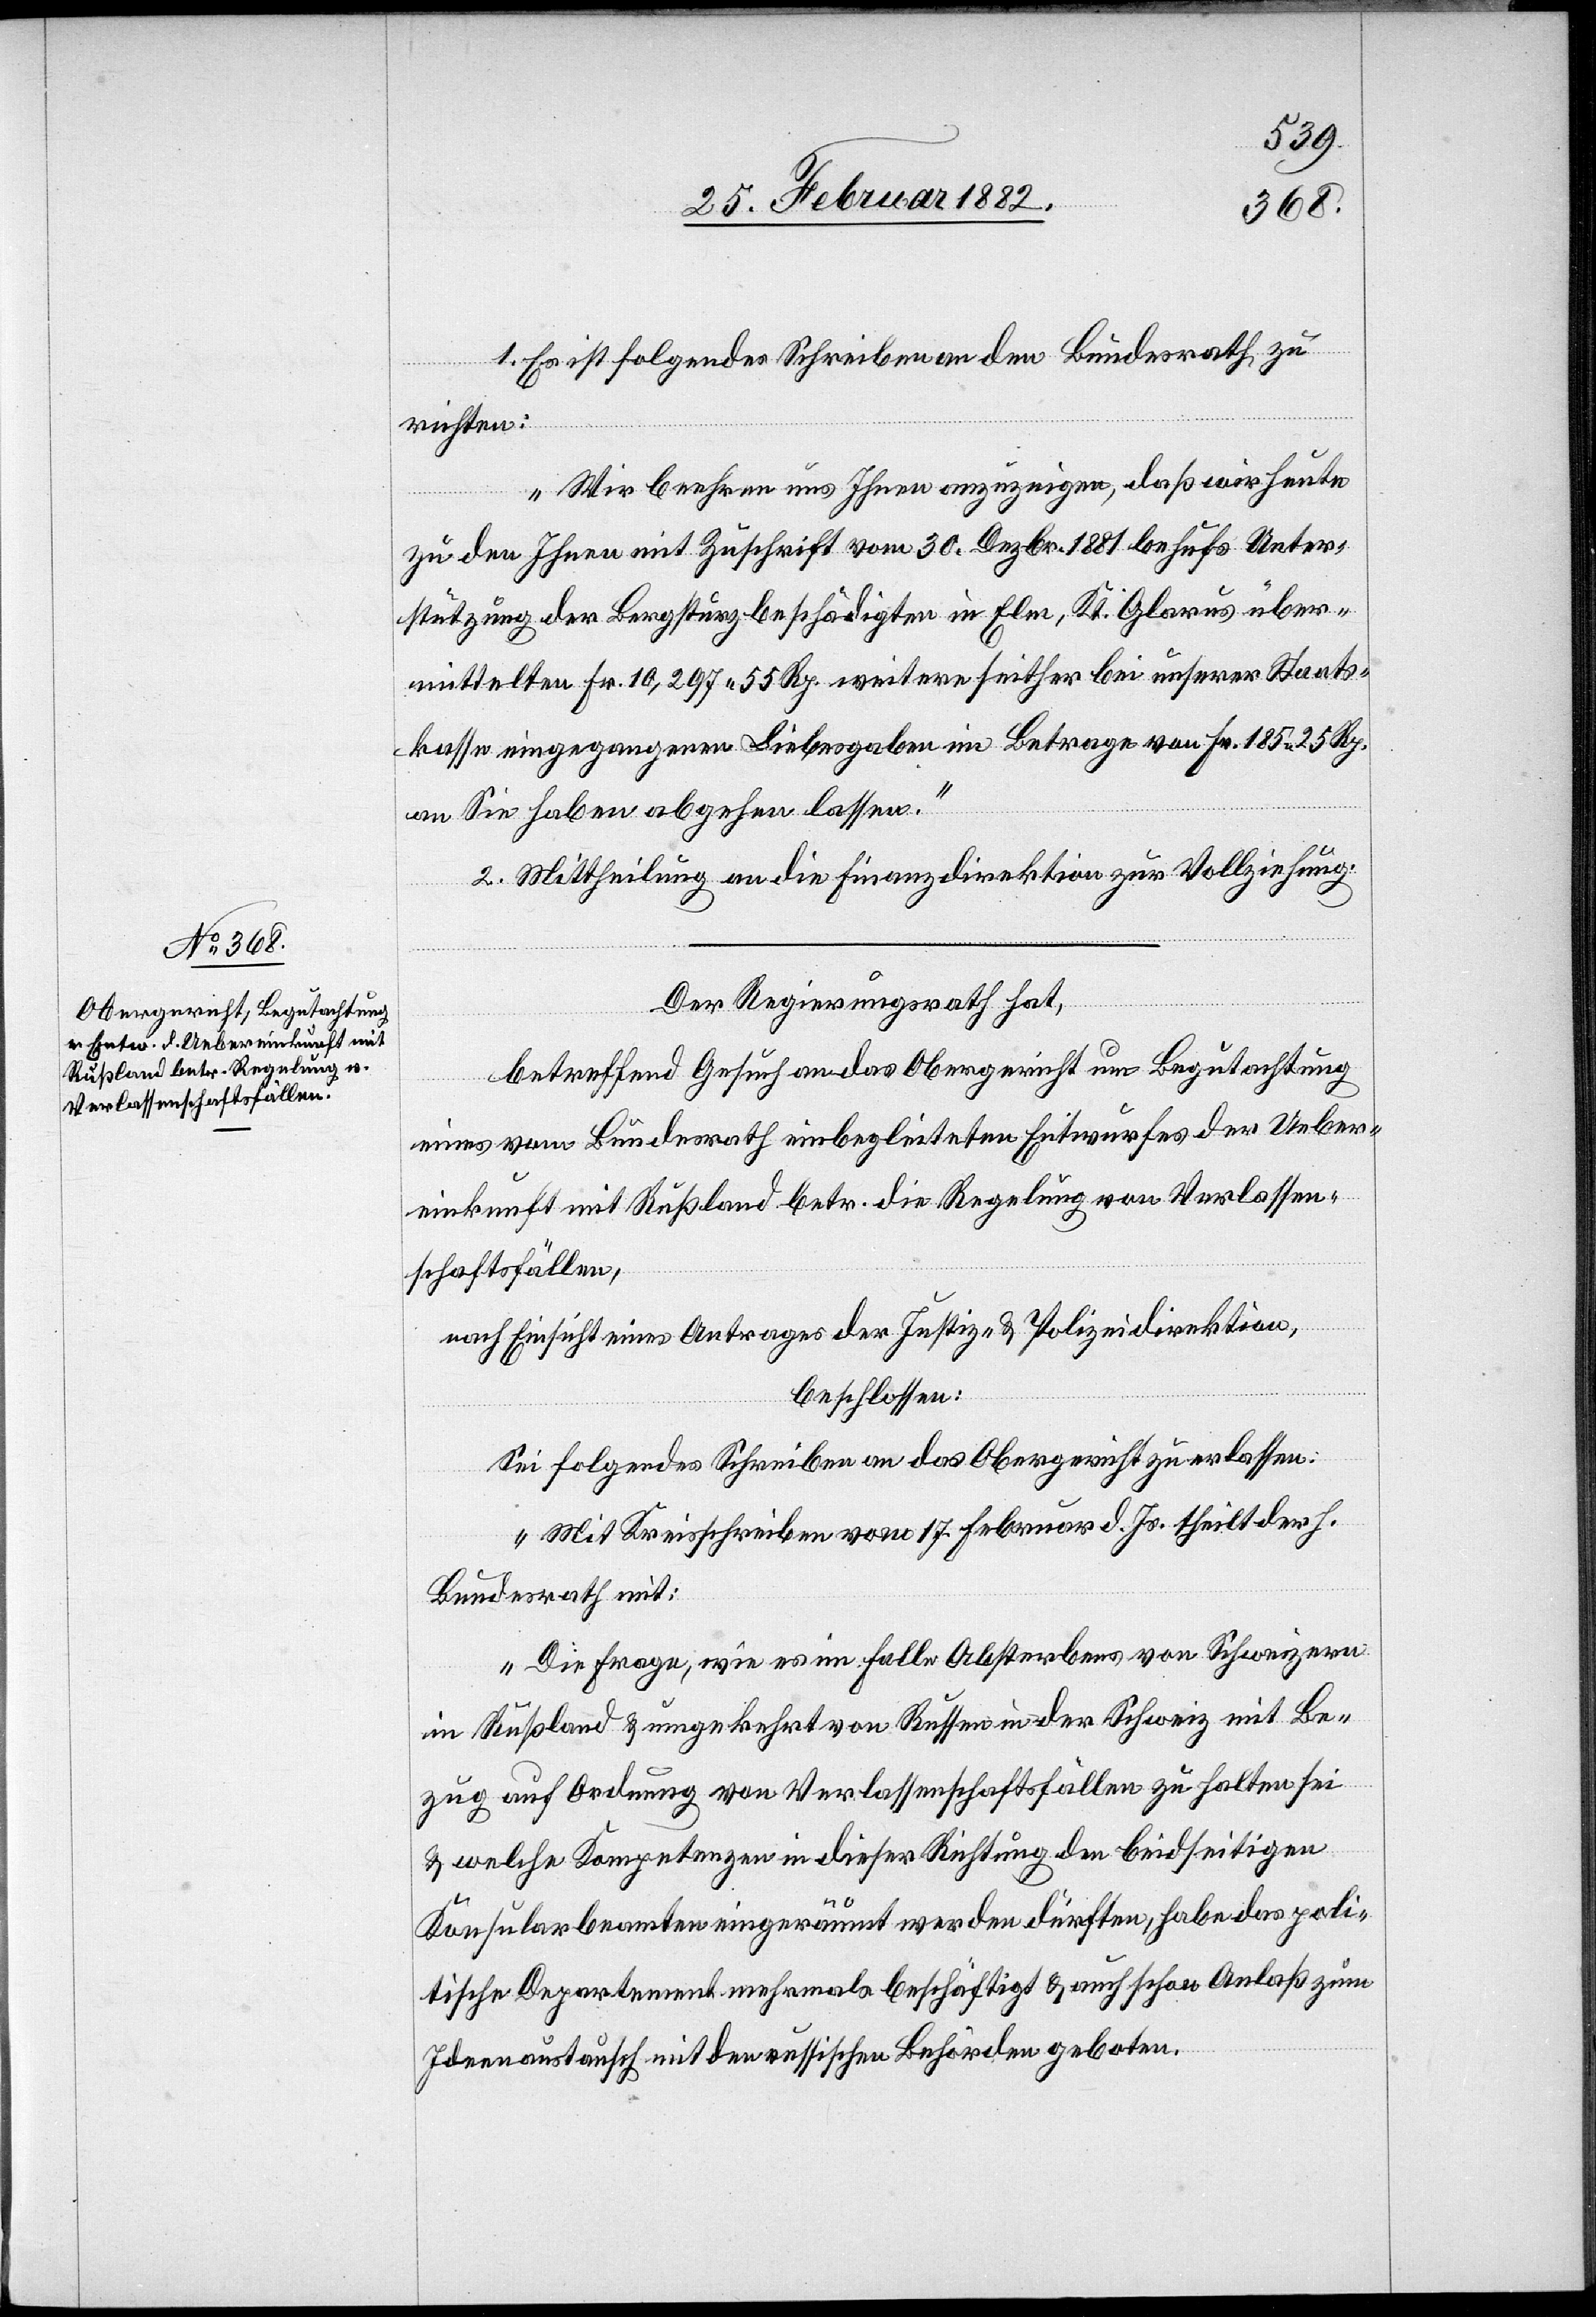
27. Februar 1882.]
1. Es ist folgendes Schreiben an den Bundesrath zu
richten:
„Wir beehren uns Ihnen anzuzeigen, daß wir heute
zu den Ihnen mit Zuschrift vom 30. Dezbr. 1881 behufs Unter¬
stützung der Bergsturzbeschädigten in Elm, Kt. Glarus über¬
mittelten Fr. 10,297 55 Rp. weitere seither bei unserer Staats¬
kasse eingegangenen Liebesgaben im Betrage von Fr. 185 25 Rp.
an Sie haben abgehen lassen.“
2. Mittheilung an die Finanzdirektion zur Vollziehung.
Der Regierungsrath,
betreffend Gesuch an das Obergericht um Begutachtung
eines vom Bundesrath einbegleiteten Entwurfes der Ueber¬
einkunft mit Rußland betr. die Regelung von Verlassen¬
schaftsfällen,
nach Einsicht eines Antrages der Justiz- & Polizeidirektion,
beschlossen:
Sei folgendes Schreiben an das Obergericht zu erlassen:
„Mit Kreisschreiben vom 17. Februar d. Js. theilt der h.
Bundesrath mit:
Die Frage, wie es im Falle Absterbens von Schweizern
in Rußland & umgekehrt von Russen in der Schweiz mit Be¬
zug auf Ordnung von Verlassenschaftsfällen zu halten sei
& welche Kompetenzen in dieser Richtung den beidseitigen
Konsularbeamten eingeräumt werden dürften, habe das poli¬
tische Departement mehrmals beschäftigt & auch schon Anlaß zum
Ideenaustausch mit den russischen Behörden geboten.